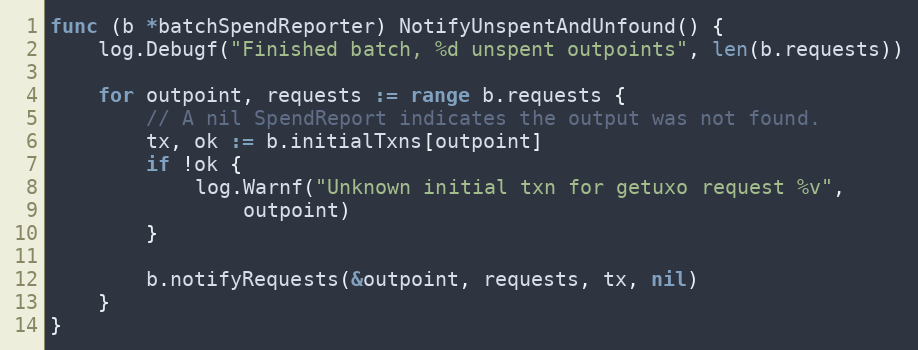
Language: Go
func (b *batchSpendReporter) NotifyUnspentAndUnfound() {
	log.Debugf("Finished batch, %d unspent outpoints", len(b.requests))

	for outpoint, requests := range b.requests {
		// A nil SpendReport indicates the output was not found.
		tx, ok := b.initialTxns[outpoint]
		if !ok {
			log.Warnf("Unknown initial txn for getuxo request %v",
				outpoint)
		}

		b.notifyRequests(&outpoint, requests, tx, nil)
	}
}